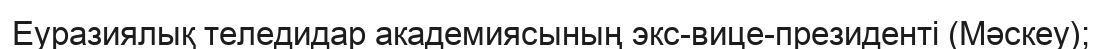
Еуразиялық теледидар академиясының экс-вице-президенті (Мәскеу);